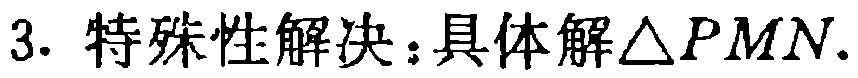
3. 特殊性解决：具体解$\triangle PMN$.